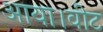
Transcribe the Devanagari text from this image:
आया।वीट